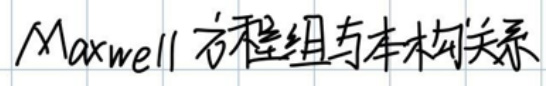
Maxwell方程组与本构关系